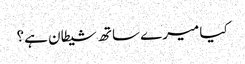
کیا میرے ساتھ شیطان ہے؟